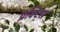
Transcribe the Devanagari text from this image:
प्रक्‍टिस